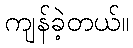
ကျန်ခဲ့တယ်။